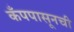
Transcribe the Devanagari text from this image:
कँपपासूनची